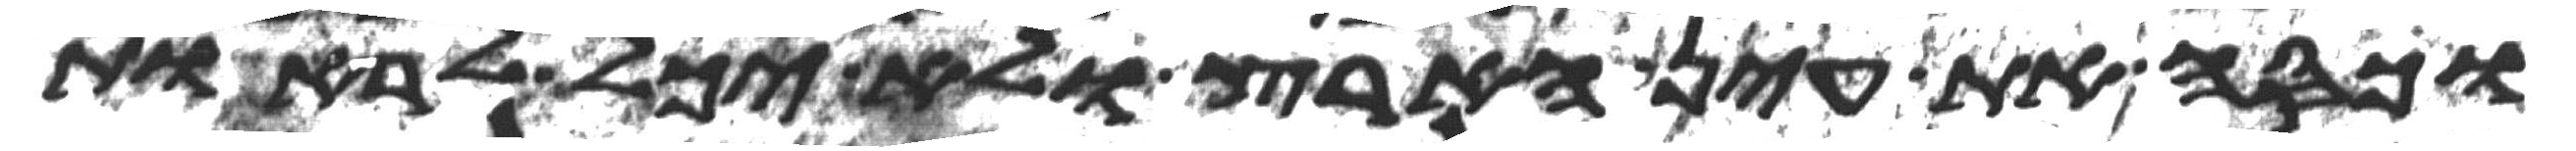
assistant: וכסה את עין הארץ ולא יכל לראות